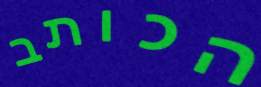
הכותב